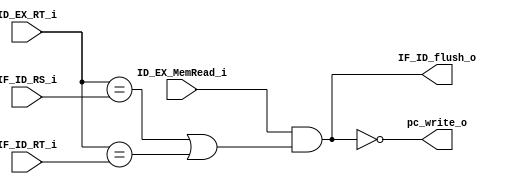
module HazardDetect(
                               input ID_EX_MemRead_i,
							   input [5-1:0] ID_EX_RT_i,
							   input [5-1:0] IF_ID_RS_i,
							   input [5-1:0] IF_ID_RT_i,
							   output pc_write_o,
							   output IF_ID_flush_o
							   );

assign pc_write_o = ~(ID_EX_MemRead_i && ((ID_EX_RT_i == IF_ID_RS_i) || (ID_EX_RT_i == IF_ID_RT_i)));
assign IF_ID_flush_o = (ID_EX_MemRead_i && ((ID_EX_RT_i == IF_ID_RS_i) || (ID_EX_RT_i == IF_ID_RT_i)));


endmodule